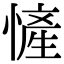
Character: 㦃